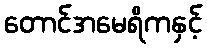
တောင်အမေရိကနှင့်